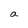
Character: a